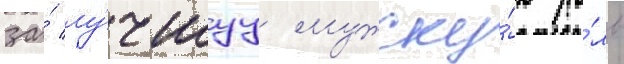
за́ лу́чшуу мужску́ю ро́ль